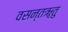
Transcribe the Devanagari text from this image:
वसन्तॠतु